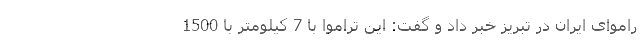
راموای ایران در تبریز خبر داد و گفت: این تراموا با 7 کیلومتر با 1500